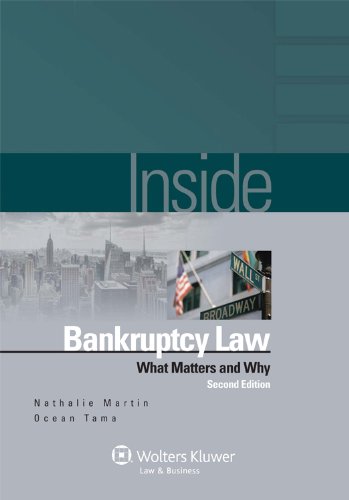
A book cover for Inside Bankruptcy Law: What Matters & Why 2nd Edition (Inside (Wolters Kluwer)); Nathalie Martin; Law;